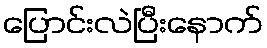
ပြောင်းလဲပြီးနောက်